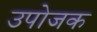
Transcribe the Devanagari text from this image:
उपोजक